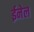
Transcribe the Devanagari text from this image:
ईनेल